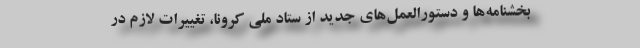
بخشنامه‌ها و دستورالعمل‌های جدید از ستاد ملی کرونا، تغییرات لازم در